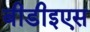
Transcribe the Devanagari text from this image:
बीडीइएस